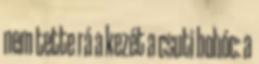
nem tette rá a kezét a csuti bohóc: a